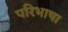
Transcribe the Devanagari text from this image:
परिभाषा